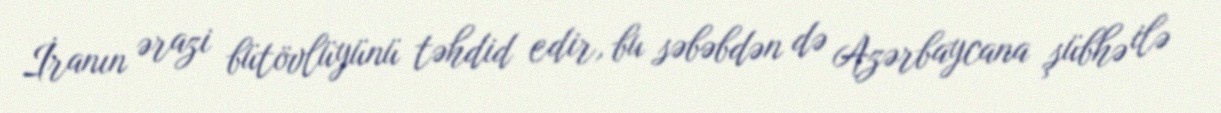
İranın ərazi bütövlüyünü təhdid edir, bu səbəbdən də Azərbaycana şübhə ilə